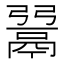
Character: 𩰲